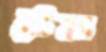
টেন্স